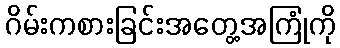
ဂိမ်းကစားခြင်းအတွေ့အကြုံကို